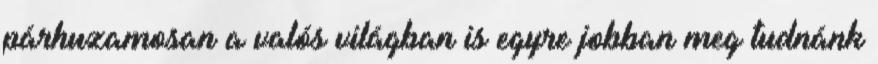
párhuzamosan a valós világban is egyre jobban meg tudnánk